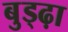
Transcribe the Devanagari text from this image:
बुड्ढ़ा